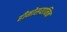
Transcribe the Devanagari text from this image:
हीमोसयानिन